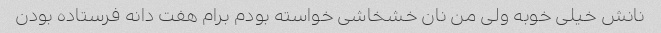
نانش خیلی خوبه ولی من نان خشخاشی خواسته بودم برام هفت دانه فرستاده بودن